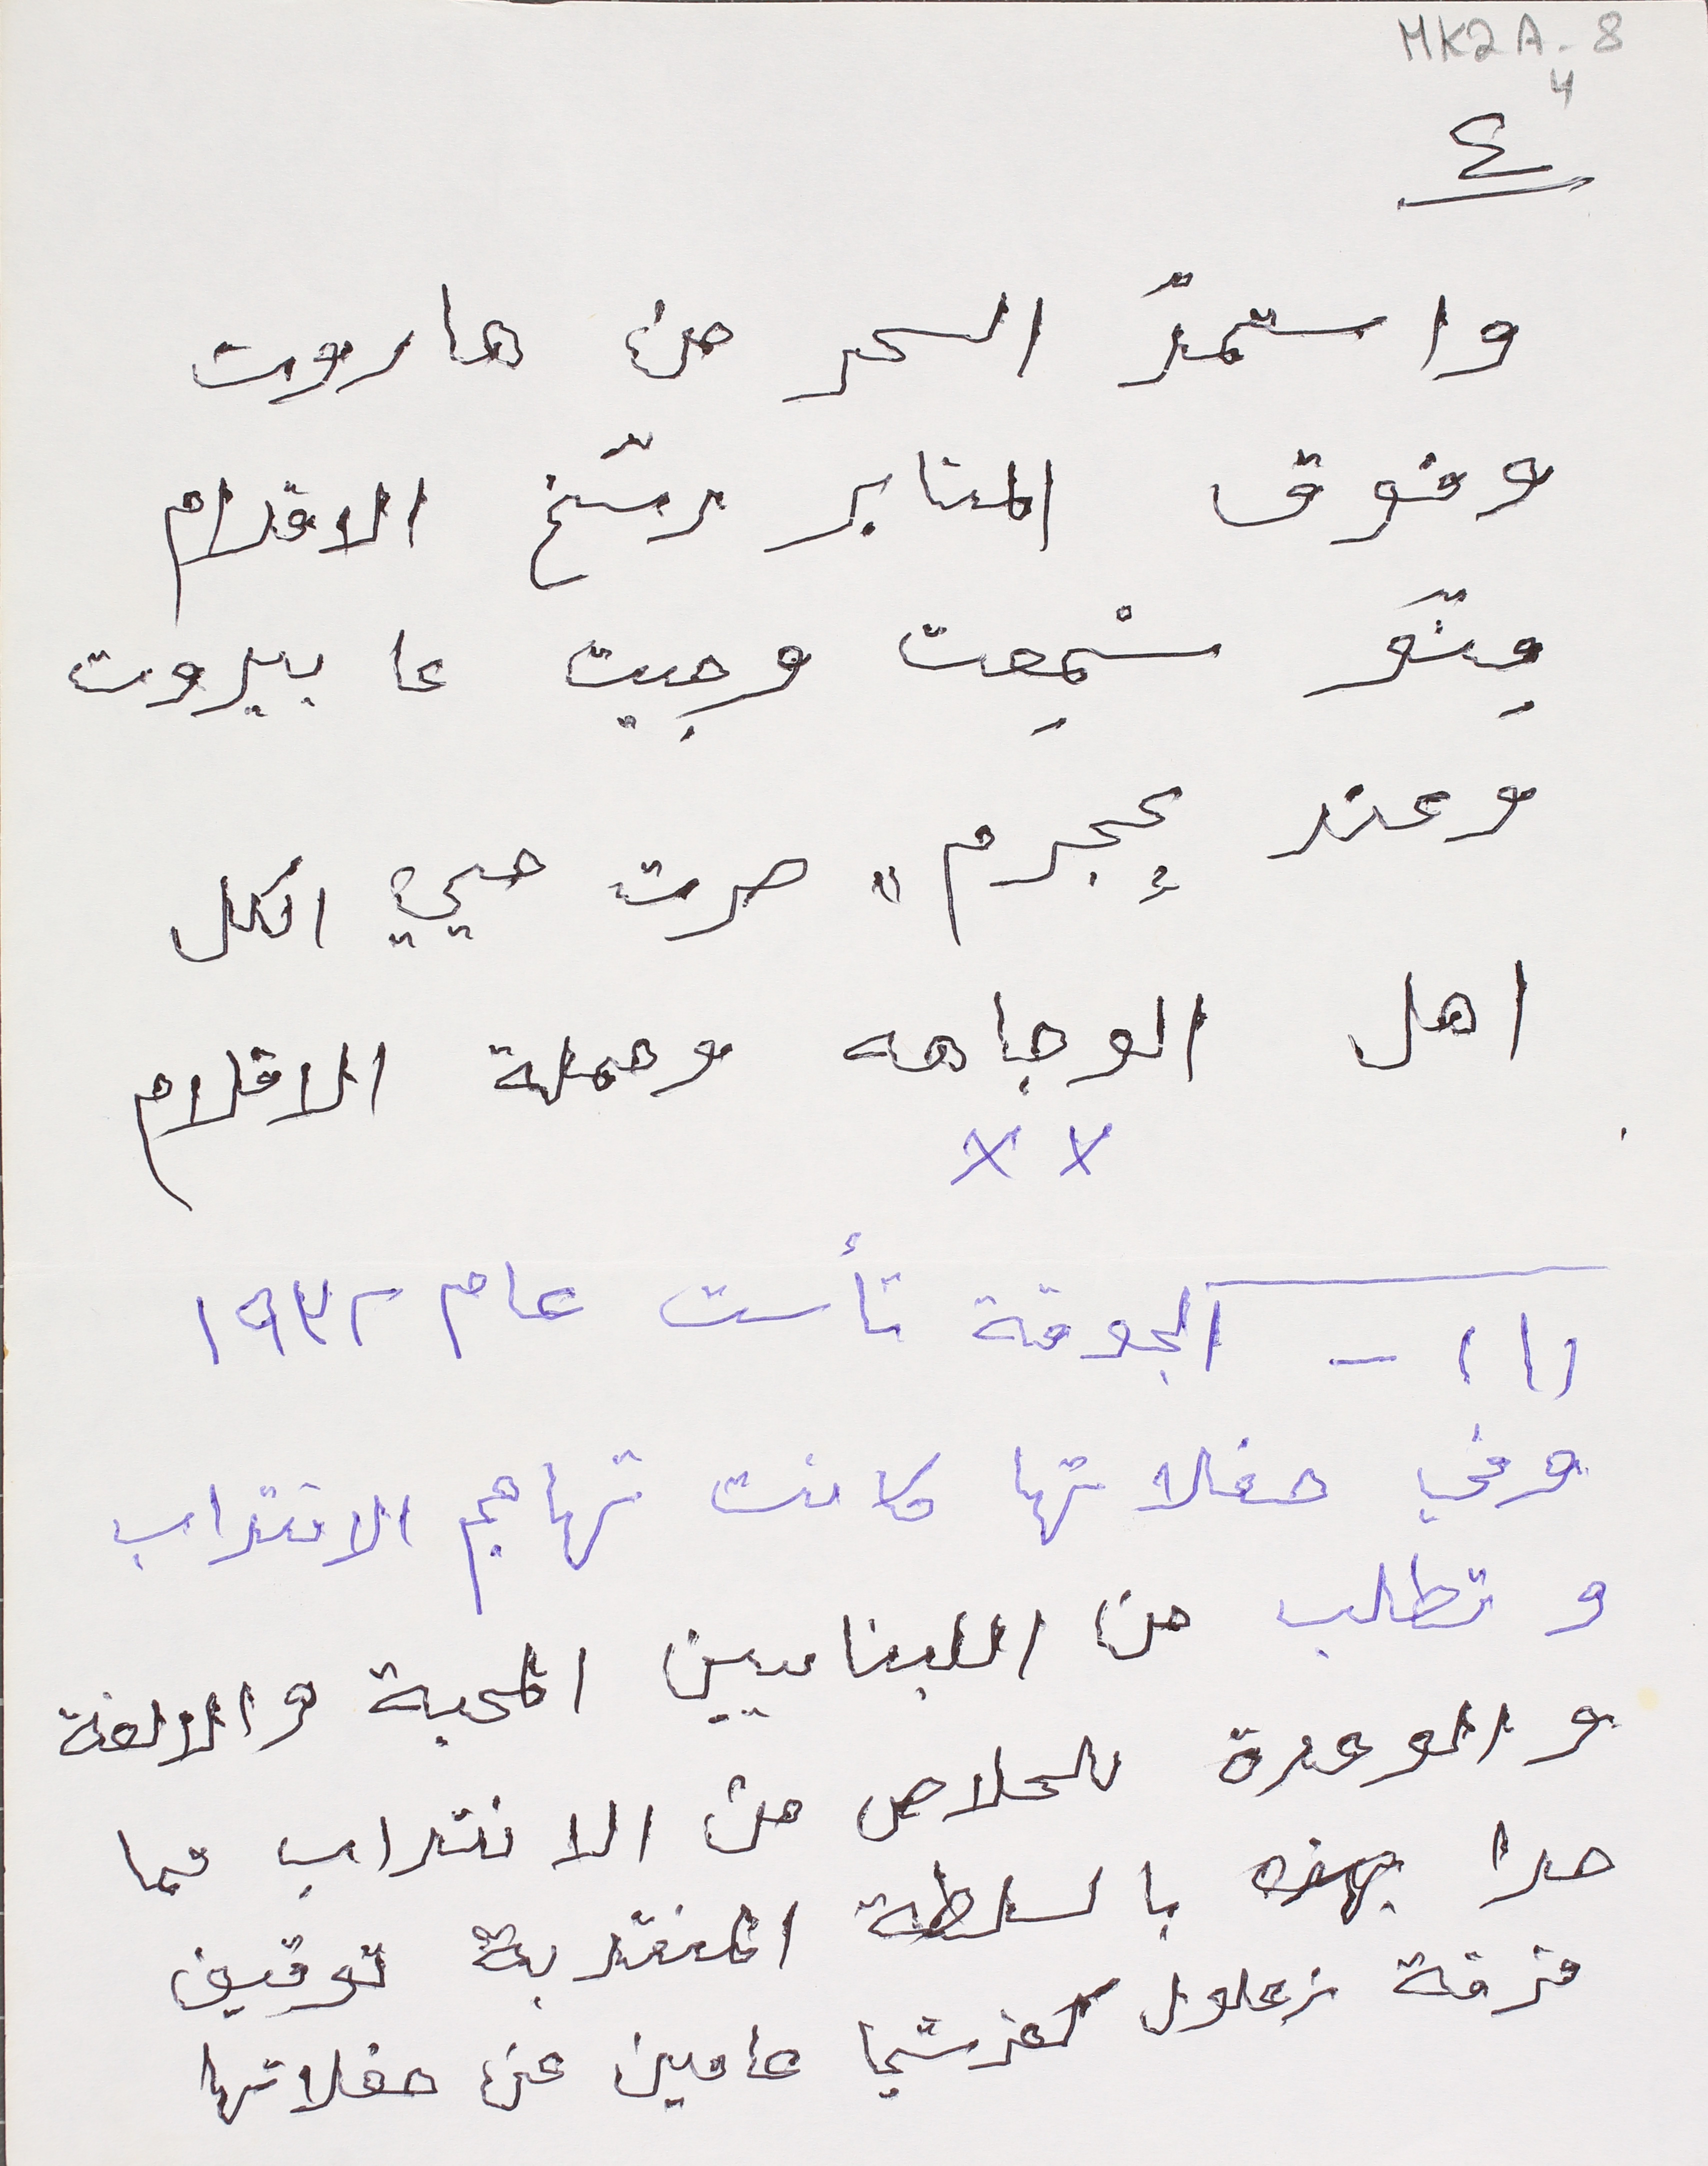
٤
واستمّد الحر من هاروت
وفوق المنابر رسّخ الاقدام
مِنّو سمِعت وجيت عا بيروت
وعند "عجرم" صرت حيي الكل
اهل الوجاهه وحملة الاقلام
(١) - الجوقة تأست عام١٩٣٢
وفي حفلاتها كانت تهاجم الانتداب
وتطلب من اللبنايين المحبة والالفة
والوحدة للحلاص من الانتداب مما
MK2A-8 4
حدا بهذه بالسلطة المنتدبة توقيف
فرقة زعلول كفرشيما عامين عن حفلاتها